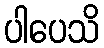
ပါပေသိ